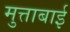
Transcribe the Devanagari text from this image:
मुत्ताबाई